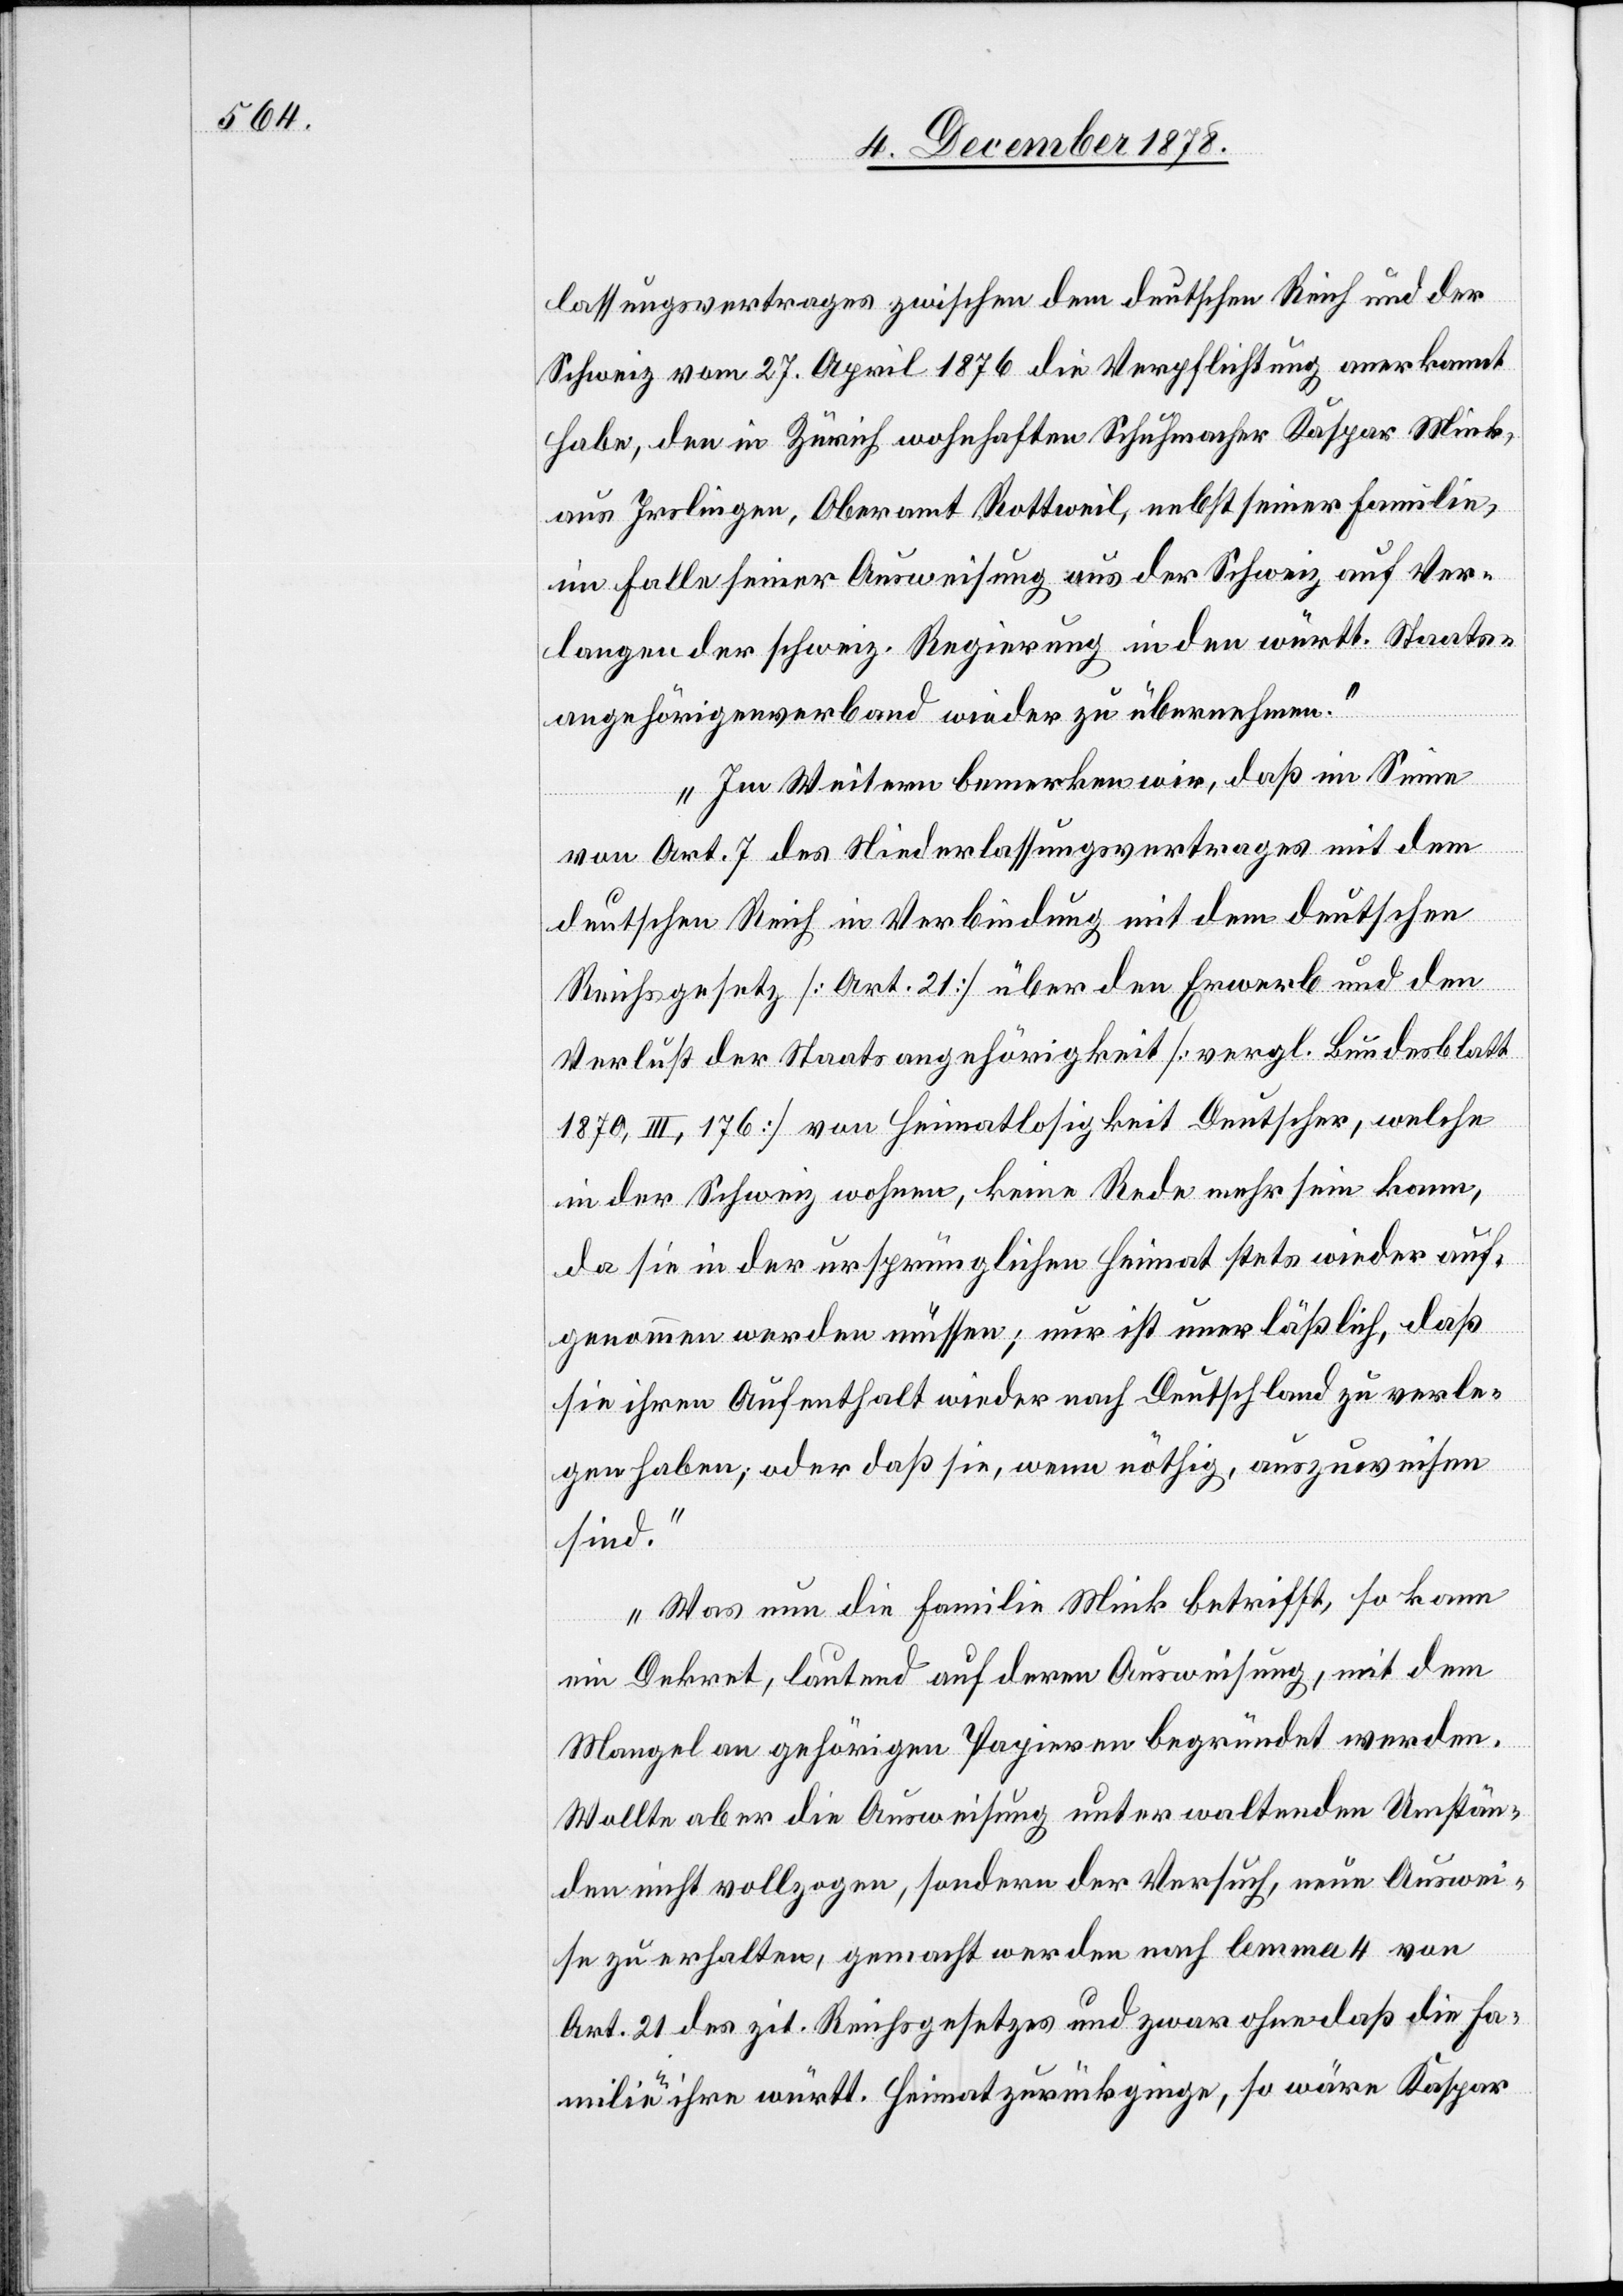
lassungsvertrages zwischen dem deutschen Reich und der
Schweiz vom 27. April 1876 die Verpflichtung anerkannt
habe, den in Zürich wohnhaften Schuhmacher Kaspar Mink,
aus Irslingen, Oberamt Rottweil, nebst seiner Familie,
im Falle seiner Ausweisung aus der Schweiz auf Ver¬
langen der schweiz. Regierung in den württ. Staats¬
angehörigenverband wieder zu übernehmen.
Im Weitern bemerken wir, daß im Sinne
von Art. 7 des Niederlassungsvertrages mit dem
deutschen Reich in Verbindung mit dem deutschen
Reichsgesetz [Art. 21] über den Erwerb und den
Verlust der Staatsangehörigkeit [vergl. Bundesblatt
1870, III, 176] von Heimatlosigkeit Deutscher, welche
in der Schweiz wohnen, keine Rede mehr sein kann,
da sie in der ursprünglichen Heimat stets wieder auf¬
genommen werden müssen; nur ist unerlässlich, daß
sie ihren Aufenthalt wieder nach Deutschland zu verle¬
gen haben; oder daß sie, wenn nöthig, auszuweisen
sind.
Was nun die Familie Mink betrifft, so kann
ein Dekret, lautend auf deren Ausweisung, mit dem
Mangel an gehörigen Papieren begründet werden.
Wollte aber die Ausweisung unter waltenden Umstän¬
den nicht vollzogen, sondern der Versuch, neue Auswei¬
se zu erhalten, gemacht werden nach lemma 4 von
Art. 21 des zit. Reichsgesetzes und zwar ohne daß die Fa¬
milie in ihre württ. Heimat zurückginge, so wäre Kaspar